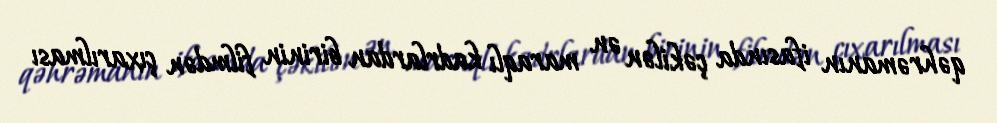
qəhrəmanın ifasında çəkilən ən maraqlı kadrlardan birinin filmdən çıxarılması